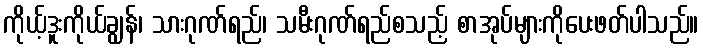
ကိုယ့်ဒူးကိုယ်ချွန်၊ သားဂုဏ်ရည်၊ သမီးဂုဏ်ရည်စသည့် စာအုပ်များကိုပေးဖတ်ပါသည်။